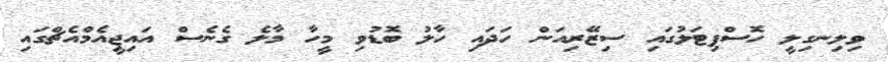
ވިލިނގިލީ ހޮސްޕިޓަލުގައި ސިޒޭރިއަން ހަދައި ހާލު ބޮޑުވި މީހާ މާލެ ގެނެސް އައިޖީއެމްއެޗްގައި